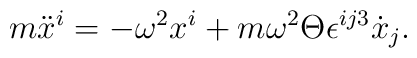
m\ddot x^{i}=-\omega^{2}x^{i}+ m\omega^{2}\Theta\epsilon^{ij3}\dot x_{j}.